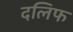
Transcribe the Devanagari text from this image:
दलिफ